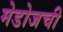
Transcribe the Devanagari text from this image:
मेडोजची